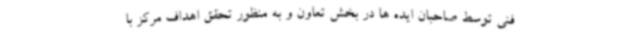
فنی توسط صاحبان ایده ها در بخش تعاون و به منظور تحقق اهداف مرکز با